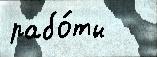
рабо́ты